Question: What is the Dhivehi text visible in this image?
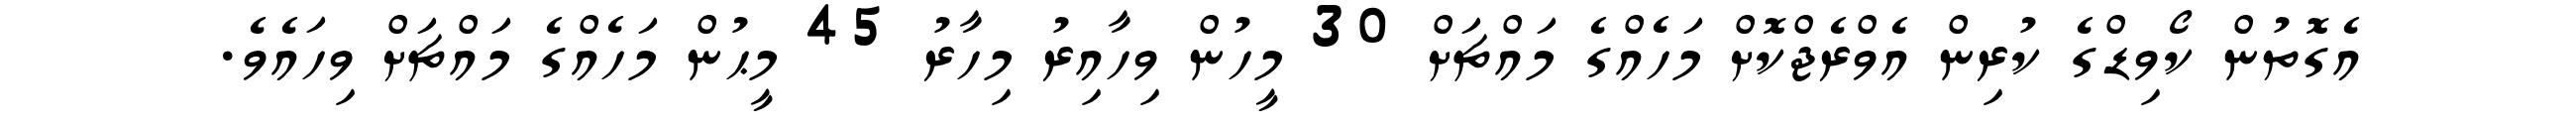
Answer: އެގޮތުން ކޯވިޑްގެ ކުރިން އެވްރެޖްކޮށް މަހެއްގެ މައްޗަށް 30 މީހުން ވިހާއިރު މިހާރު 45 މީޙުން މަހެއްގެ މައްޗަށް ވިހައެވެ.